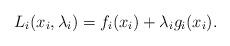
LaTeX: \begin{align*}L_{i}(x_{i},\lambda_{i})=f_{i}(x_{i})+\lambda_{i}g_{i}(x_{i}).\end{align*}